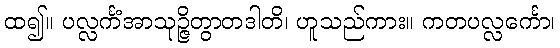
ထ၍။ ပလ္လင်္ကံအာသုဉ္ဇိတွာတဒါတိ၊ ဟူသည်ကား။ ကတပလ္လင်္ကော၊